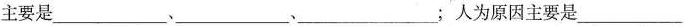
主要是___、___、___；人为原因主要是___